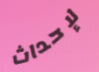
لإحداث